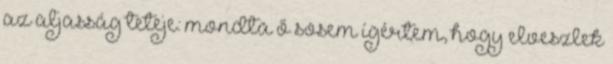
az aljasság teteje: mondta ő sosem ígértem, hogy elveszlek